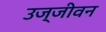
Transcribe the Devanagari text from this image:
उज्जीवन